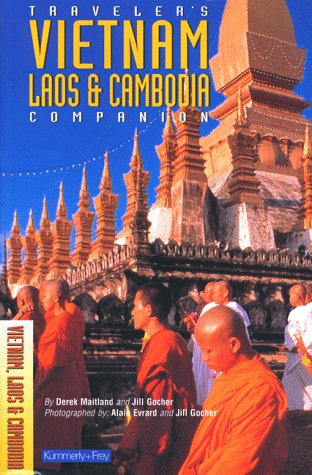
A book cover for Traveler's Companion Vietnam, Laos, and Cambodia (Traveler's Companion: Vietnam, Laos & Cambodia); Derek Maitland; Travel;